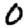
Digit: 0